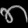
Digit: ၈